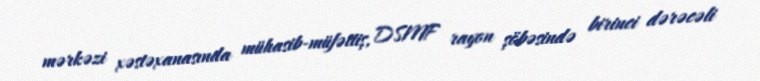
mərkəzi xəstəxanasında mühasib-müfəttiş, DSMF rayon şöbəsində birinci dərəcəli